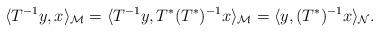
LaTeX: \begin{align*}\langle T^{-1}y,x\rangle_{\mathcal{M}}=\langle T^{-1}y,T^*(T^*)^{-1}x\rangle_{\mathcal{M}}=\langle y,(T^*)^{-1}x\rangle_{\mathcal{N}}.\end{align*}